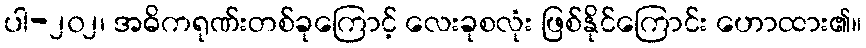
ပါ-၂၀၂၊ အဓိကရုဏ်းတစ်ခုကြောင့် လေးခုစလုံး ဖြစ်နိုင်ကြောင်း ဟောထား၏။